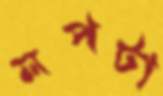
লপটা